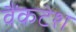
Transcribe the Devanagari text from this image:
वैंकटेश